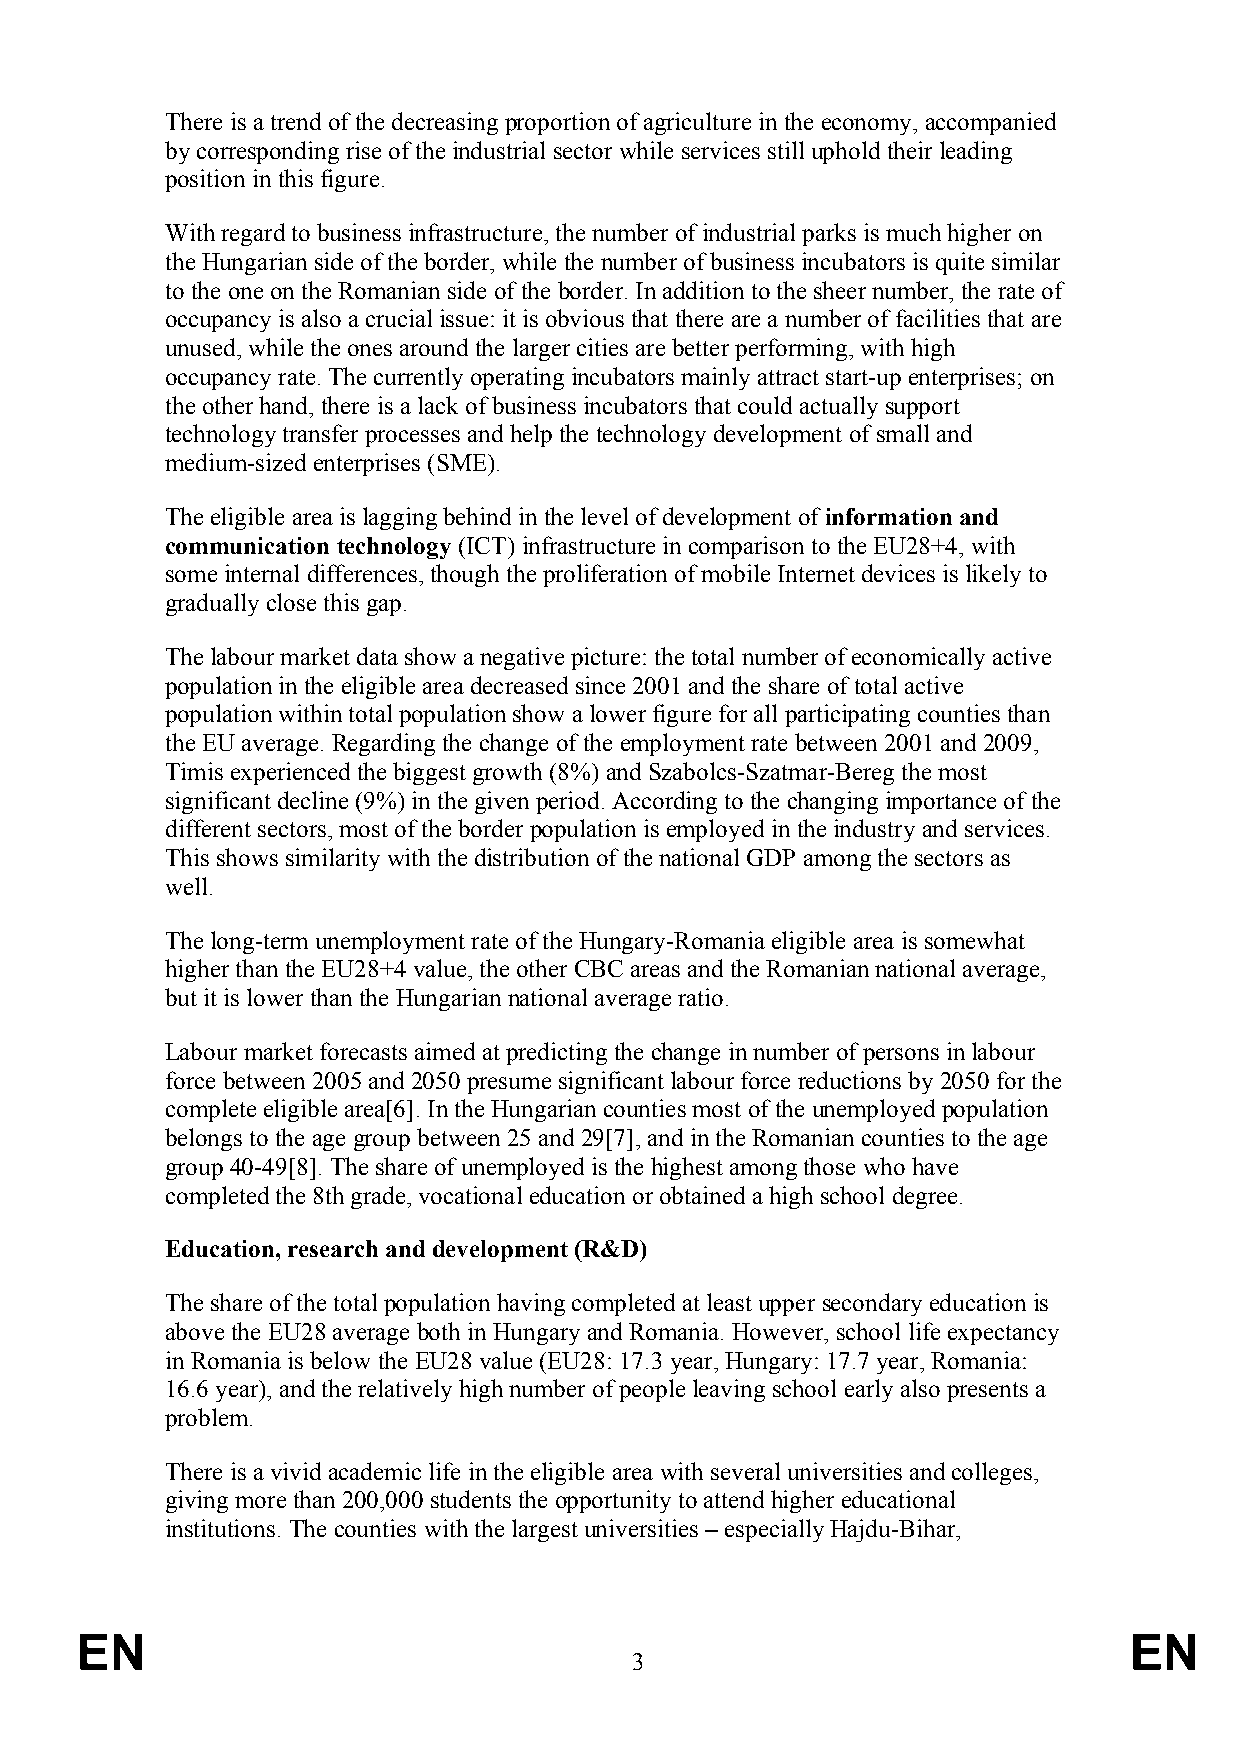
There is a trend of the decreasing proportion of agriculture in the economy, accompanied
 by corresponding rise of the industrial sector while services still uphold their leading
 position in this figure.
 With regard to business infrastructure, the number of industrial parks is much higher on
 the Hungarian side of the border, while the number of business incubators is quite similar
 to the one on the Romanian side of the border. In addition to the sheer number, the rate of
 occupancy is also a crucial issue: it is obvious that there are a number of facilities that are
 unused, while the ones around the larger cities are better performing, with high
 occupancy rate. The currently operating incubators mainly attract start-up enterprises; on
 the other hand, there is a lack of business incubators that could actually support
 technology transfer processes and help the technology development of small and
 medium-sized enterprises (SME).
 The eligible area is lagging behind in the level of development of information and
 communication technology (ICT) infrastructure in comparison to the EU28+4, with
 some internal differences, though the proliferation of mobile Internet devices is likely to
 gradually close this gap.
 The labour market data show a negative picture: the total number of economically active
 population in the eligible area decreased since 2001 and the share of total active
 population within total population show a lower figure for all participating counties than
 the EU average. Regarding the change of the employment rate between 2001 and 2009,
 Timis experienced the biggest growth (8%) and Szabolcs-Szatmar-Bereg the most
 significant decline (9%) in the given period. According to the changing importance of the
 different sectors, most of the border population is employed in the industry and services.
 This shows similarity with the distribution of the national GDP among the sectors as
 well.
 The long-term unemployment rate of the Hungary-Romania eligible area is somewhat
 higher than the EU28+4 value, the other CBC areas and the Romanian national average,
 but it is lower than the Hungarian national average ratio.
 Labour market forecasts aimed at predicting the change in number of persons in labour
 force between 2005 and 2050 presume significant labour force reductions by 2050 for the
 complete eligible area[6]. In the Hungarian counties most of the unemployed population
 belongs to the age group between 25 and 29[7], and in the Romanian counties to the age
 group 40-49[8]. The share of unemployed is the highest among those who have
 completed the 8th grade, vocational education or obtained a high school degree.
 Education, research and development (R&D)
 The share of the total population having completed at least upper secondary education is
 above the EU28 average both in Hungary and Romania. However, school life expectancy
 in Romania is below the EU28 value (EU28: 17.3 year, Hungary: 17.7 year, Romania:
 16.6 year), and the relatively high number of people leaving school early also presents a
 problem.
 There is a vivid academic life in the eligible area with several universities and colleges,
 giving more than 200,000 students the opportunity to attend higher educational
 institutions. The counties with the largest universities – especially Hajdu-Bihar,
 EN                                                                    EN
 3